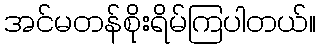
အင်မတန်စိုးရိမ်ကြပါတယ်။